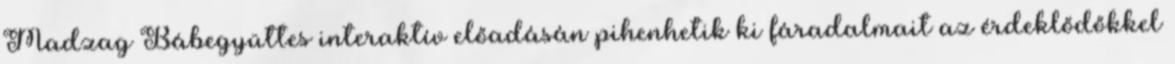
Madzag Bábegyüttes interaktív előadásán pihenhetik ki fáradalmait az érdeklődőkkel